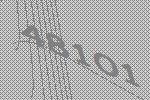
48101